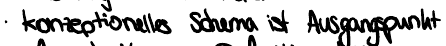
konzeptionelles Schema ist Ausgangspunkt